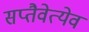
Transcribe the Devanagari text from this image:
सप्तैवेत्येवं